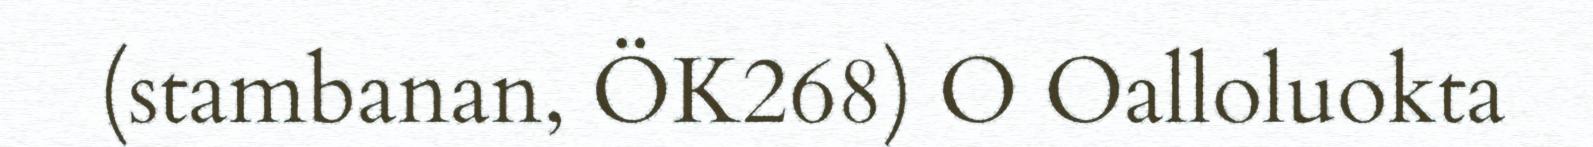
(stambanan, ÖK268) O Oalloluokta